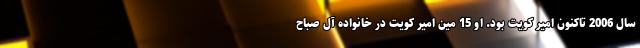
سال 2006 تاکنون امیر کویت بود. او 15 مین امیر کویت در خانواده آل صباح